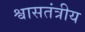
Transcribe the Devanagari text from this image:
श्वासतंत्रीय